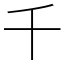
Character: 千